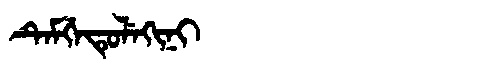
Manchu: ᡨᡝᠮᡤᡝᡨᡠᠯᡝᡴᡳᠨᡳ
Romanization: TEMGETULEKINI